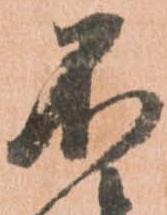
不